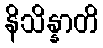
နိသိန္နာတိ